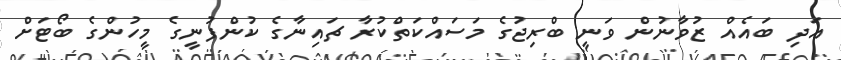
އަދި ބައެއް ޒުވާނުން ވަނީ ބްރިޖުގެ މަސައްކަތްކުރާ ޗައިނާގެ ކުންފުނީގެ މީހުންގެ ބޯޓަށް